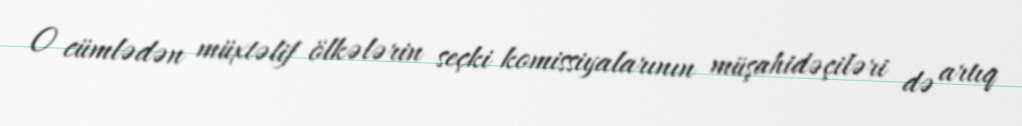
O cümlədən müxtəlif ölkələrin seçki komissiyalarının müşahidəçiləri də artıq